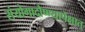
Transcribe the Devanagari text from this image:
संयोगादौष्ण्यापेक्षात्